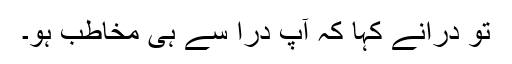
تو دراؔنے کہا کہ آپ دراؔ سے ہی مخاطب ہو۔